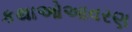
કથાઓઆવરણ